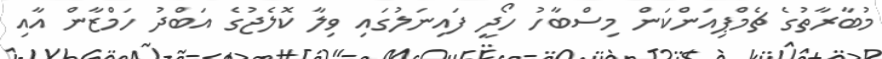
މުބާރާތުގެ ޗެމްޕިއަންކަން މިސްބާހު ހޯދީ ފައިނަލުގައި ވިލާ ކޮލެޖުގެ އަބްދު ހަމްޒާން އާއި